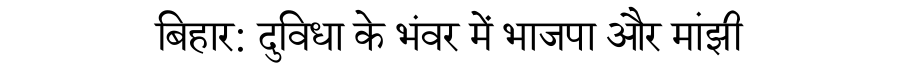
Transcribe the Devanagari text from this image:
बिहार: दुविधा के भंवर में भाजपा और मांझी